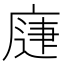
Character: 𭙨